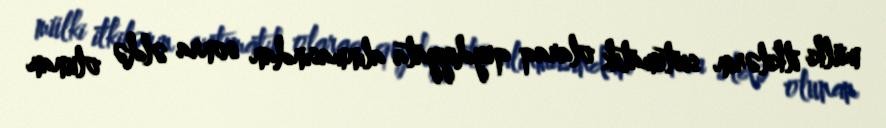
mülki itkilərin sistematik olaraq qeydiyyata alınmasından sonra əldə olunan